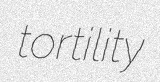
tortility